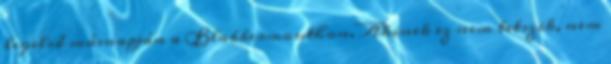
legelső másnapján a Blabbermouthon. Akinek ez nem tetszik, nem